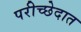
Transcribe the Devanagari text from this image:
परीच्छेदात